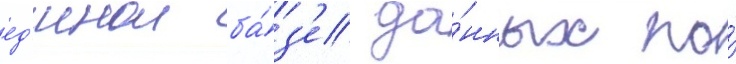
ед'инои ба́з'е да́нных по́